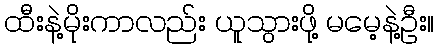
ထီးနဲ့မိုးကာလည်း ယူသွားဖို့ မမေ့နဲ့ဦး။